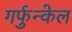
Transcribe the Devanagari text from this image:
गर्फुन्केल